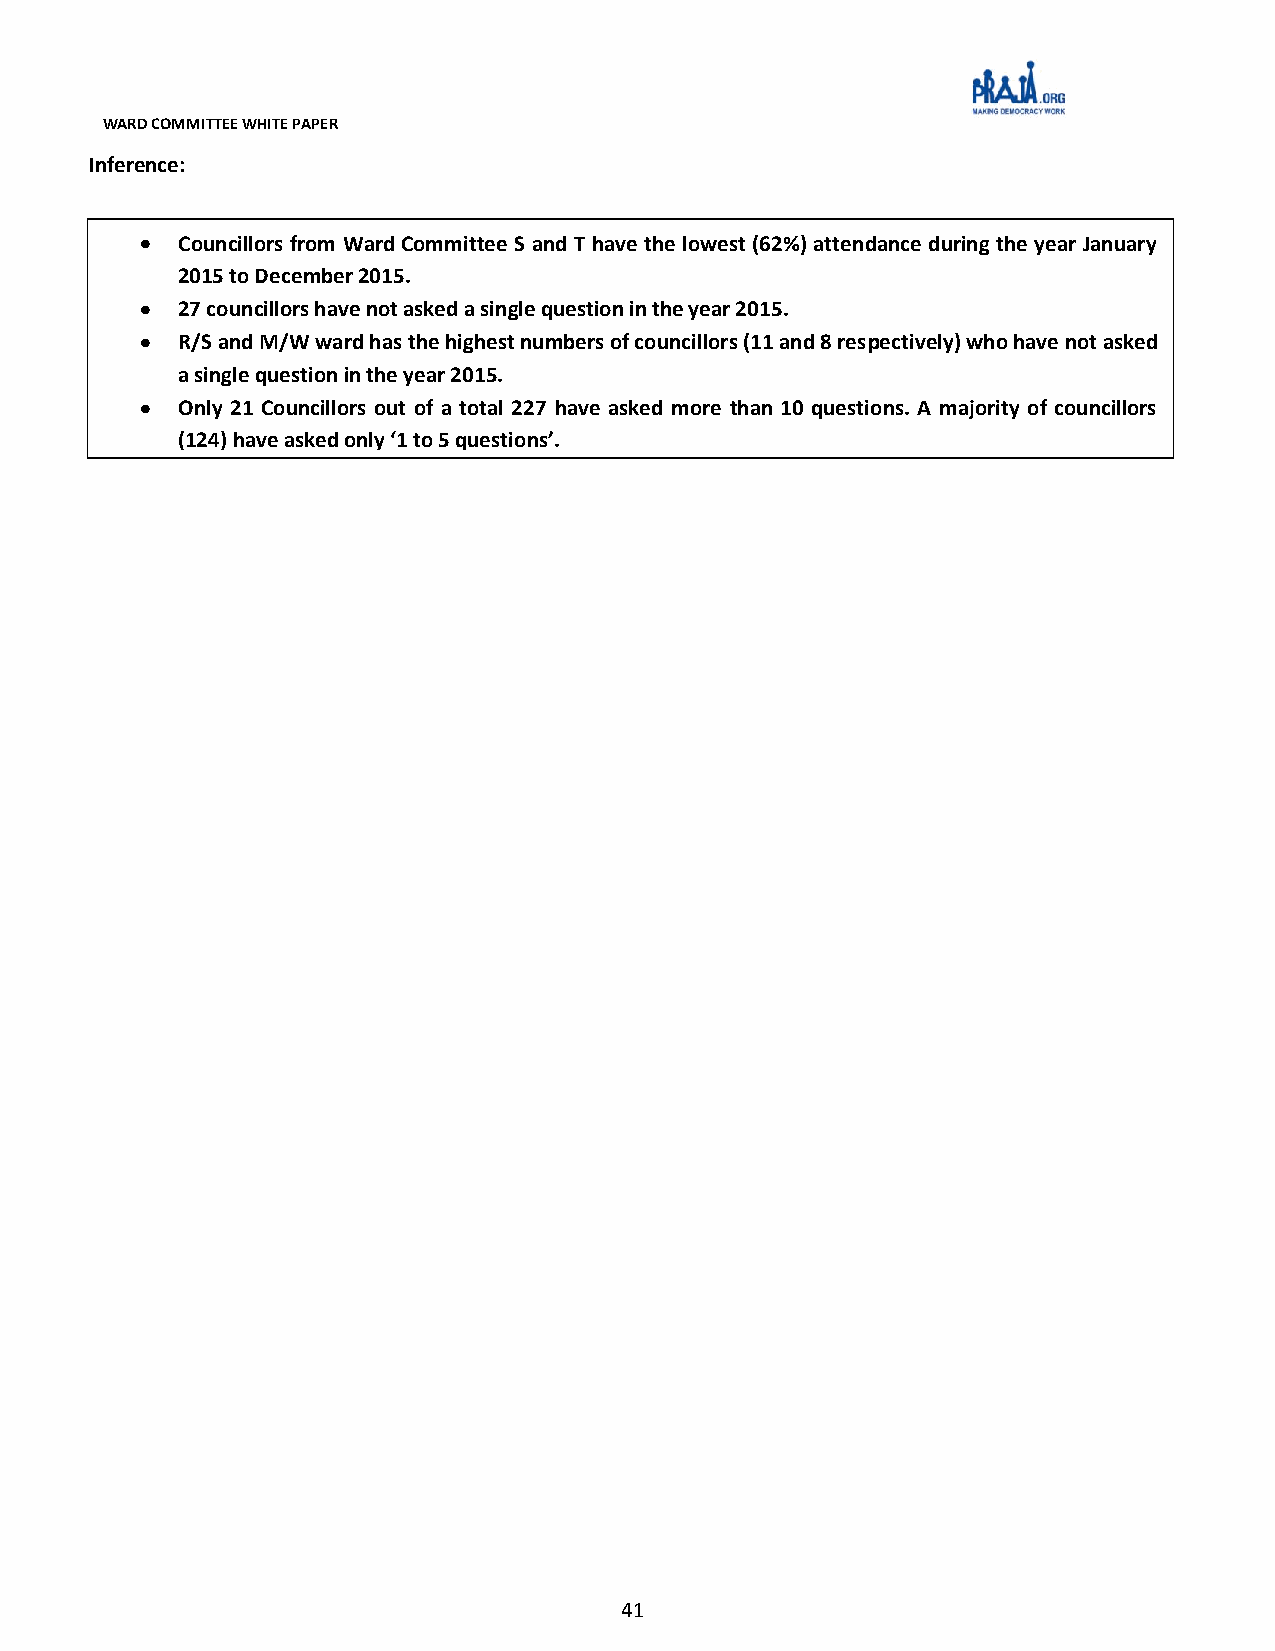
WARD COMMITTEE WHITE PAPER
 Inference:
 CCoouunncciilllloorrss ffrroomm WWaarrdd CCoommmmiitttteeee SS aanndd TT hhaavvee tthhee lloowweesstt ((6622%%)) aatttteennddaannccee dduurriinngg tthhee yyeeaarr JJaannuuaarryy
 22001155 ttoo DDeecceemmbbeerr 22001155..
 2277 ccoouunncciilllloorrss hhaavvee nnoott aasskkeedd aa ssiinnggllee qquueessttiioonn iinn tthhee yyeeaarr 22001155..
 RR//SS aanndd MM//WW wwaarrdd hhaass tthhee hhiigghheesstt nnuummbbeerrss ooff ccoouunncciilllloorrss ((1111 aanndd 88 rreessppeeccttiivveellyy)) wwhhoo hhaavvee nnoott aasskkeedd
 aa ssiinnggllee qquueessttiioonn iinn tthhee yyeeaarr 22001155..
 OOnnllyy 2211 CCoouunncciilllloorrss oouutt ooff aa ttoottaall 222277 hhaavvee aasskkeedd mmoorree tthhaann 1100 qquueessttiioonnss.. AA mmaajjoorriittyy ooff ccoouunncciilllloorrss
 ((112244)) hhaavvee aasskkeedd oonnllyy ‘‘11 ttoo 55 qquueessttiioonnss’’..
 41